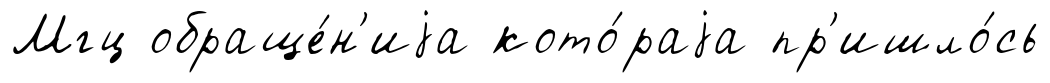
Мгц обраще́н'иjа кото́раjа пр'ишло́сь